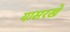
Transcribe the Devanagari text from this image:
यासरखे